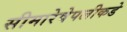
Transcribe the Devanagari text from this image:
सीमारेषेपलीकडे